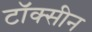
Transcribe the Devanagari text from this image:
टॉक्सीन